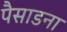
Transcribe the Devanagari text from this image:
पैसाडना